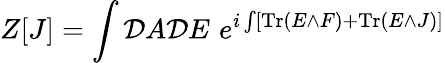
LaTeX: Z[J]=\int{\cal D}A{\cal D}E\, \, e^{i\int[\mathrm{Tr}\left(E\wedge F\right)+\mathrm{Tr}\left(E\wedge J\right)]}